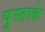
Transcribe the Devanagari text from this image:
पुस्ताके